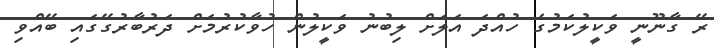
ރޭ ގާނޫނީ ވަކީލުކަމުގެ ހުއްދަ އަލަށް ލިބުނު ވަކީލުންް ހުވާކުރުމަށް ދަރުބާރުގޭގައި ބޭއްވި